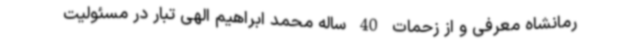
رمانشاه معرفی و از زحمات 40 ساله محمد ابراهیم الهی تبار در مسئولیت